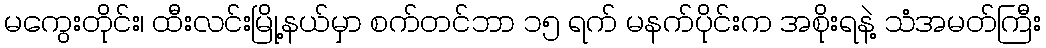
မကွေးတိုင်း၊ ထီးလင်းမြို့နယ်မှာ စက်တင်ဘာ ၁၅ ရက် မနက်ပိုင်းက အစိုးရနဲ့ သံအမတ်ကြီး